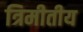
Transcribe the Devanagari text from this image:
त्रिमीतीय